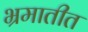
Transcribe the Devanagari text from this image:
भ्रमातीत